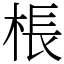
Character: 棖